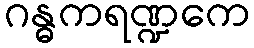
ဂန္ဓကရဏ္ဍကေ